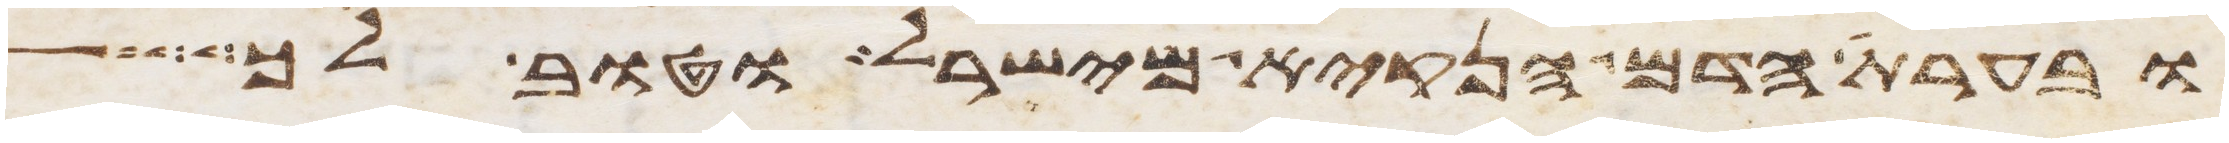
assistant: ובערת הדם הנקיא מישראל וטוב לך